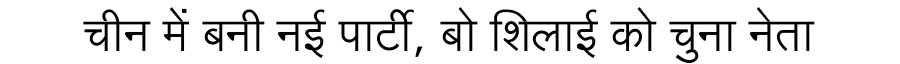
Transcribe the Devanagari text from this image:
चीन में बनी नई पार्टी, बो शिलाई को चुना नेता